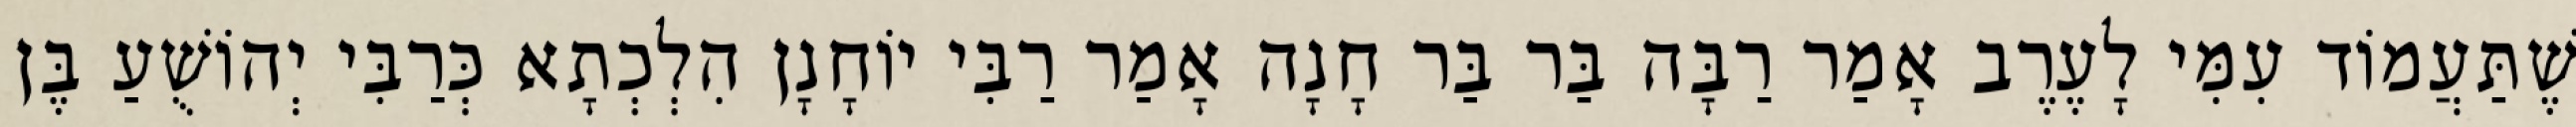
שֶׁתַּעֲמוֹד עִמִּי לָעֶרֶב אָמַר רַבָּה בַּר בַּר חָנָה אָמַר רַבִּי יוֹחָנָן הִלְכְתָא כְּרַבִּי יְהוֹשֻׁעַ בֶּן